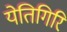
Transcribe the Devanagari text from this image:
येतिगिरि